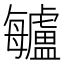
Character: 𣬁